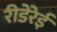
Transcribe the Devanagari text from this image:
रीडेरेई